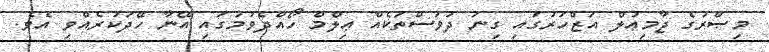
މިޞްރުގެ ޖާމިޢުލް އަޒްހަރުގައި ގިނަ ދުވަސްތަކެއް ޢިލްމް ހޯއްދެވުމުގައި އޭނާ ހޭދަކުރެއްވި އެވެ.